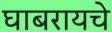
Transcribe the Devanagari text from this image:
घाबरायचे